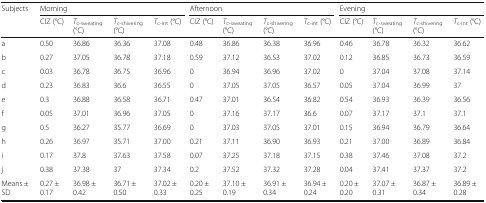
<table><thead><tr><td rowspan="2"><b>Subjects</b></td><td colspan="4"><b>Morning</b></td><td colspan="4"><b>Afternoon</b></td><td colspan="4"><b>Evening</b></td></tr><tr><td><b>CIZ (°C)</b></td><td><b><i>T</i><sub>c-sweating</sub> (°C)</b></td><td><b><i>T</i><sub>c-shivering</sub> (°C)</b></td><td><b><i>T</i><sub>c-int</sub> (°C)</b></td><td><b>CIZ (°C)</b></td><td><b><i>T</i><sub>c-sweating</sub> (°C)</b></td><td><b><i>T</i><sub>c-shivering</sub> (°C)</b></td><td><b><i>T</i><sub>c-int</sub> (°C)</b></td><td><b>CIZ (°C)</b></td><td><b><i>T</i><sub>c-sweating</sub> (°C)</b></td><td><b><i>T</i><sub>c-shivering</sub> (°C)</b></td><td><b><i>T</i><sub>c-int</sub> (°C)</b></td></tr></thead><tbody><tr><td>a</td><td>0.50</td><td>36.86</td><td>36.36</td><td>37.08</td><td>0.48</td><td>36.86</td><td>36.38</td><td>36.96</td><td>0.46</td><td>36.78</td><td>36.32</td><td>36.62</td></tr><tr><td>b</td><td>0.27</td><td>37.05</td><td>36.78</td><td>37.18</td><td>0.59</td><td>37.12</td><td>36.53</td><td>37.02</td><td>0.12</td><td>36.85</td><td>36.73</td><td>36.59</td></tr><tr><td>c</td><td>0.03</td><td>36.78</td><td>36.75</td><td>36.96</td><td>0</td><td>36.94</td><td>36.96</td><td>37.02</td><td>0</td><td>37.04</td><td>37.08</td><td>37.14</td></tr><tr><td>d</td><td>0.23</td><td>36.83</td><td>36.6</td><td>36.55</td><td>0</td><td>37.05</td><td>37.05</td><td>36.57</td><td>0.05</td><td>37.04</td><td>36.99</td><td>37</td></tr><tr><td>e</td><td>0.3</td><td>36.88</td><td>36.58</td><td>36.71</td><td>0.47</td><td>37.01</td><td>36.54</td><td>36.82</td><td>0.54</td><td>36.93</td><td>36.39</td><td>36.56</td></tr><tr><td>f</td><td>0.05</td><td>37.01</td><td>36.96</td><td>37.05</td><td>0</td><td>37.16</td><td>37.17</td><td>36.6</td><td>0.07</td><td>37.17</td><td>37.1</td><td>37.1</td></tr><tr><td>g</td><td>0.5</td><td>36.27</td><td>35.77</td><td>36.69</td><td>0</td><td>37.03</td><td>37.05</td><td>37.01</td><td>0.15</td><td>36.94</td><td>36.79</td><td>36.64</td></tr><tr><td>h</td><td>0.26</td><td>36.97</td><td>35.71</td><td>37.00</td><td>0.21</td><td>37.11</td><td>36.90</td><td>36.93</td><td>0.21</td><td>37.00</td><td>36.89</td><td>36.84</td></tr><tr><td>i</td><td>0.17</td><td>37.8</td><td>37.63</td><td>37.58</td><td>0.07</td><td>37.25</td><td>37.18</td><td>37.15</td><td>0.38</td><td>37.46</td><td>37.08</td><td>37.2</td></tr><tr><td>j</td><td>0.38</td><td>37.38</td><td>37</td><td>37.34</td><td>0.2</td><td>37.52</td><td>37.32</td><td>37.28</td><td>0.04</td><td>37.41</td><td>37.37</td><td>37.2</td></tr><tr><td>Means ± SD</td><td>0.27 ± 0.17</td><td>36.98 ± 0.42</td><td>36.71 ± 0.50</td><td>37.02 ± 0.33</td><td>0.20 ± 0.25</td><td>37.10 ± 0.19</td><td>36.91 ± 0.34</td><td>36.94 ± 0.24</td><td>0.20 ± 0.20</td><td>37.07 ± 0.31</td><td>36.87 ± 0.34</td><td>36.89 ± 0.28</td></tr></tbody></table>